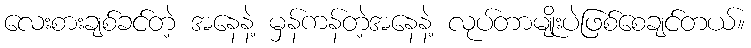
လေးစားချစ်ခင်တဲ့ အနေနဲ့ မှန်ကန်တဲ့အနေနဲ့ လုပ်တာမျိုးပဲဖြစ်စေချင်တယ်။